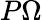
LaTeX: P\Omega